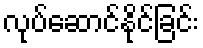
လုပ်ဆောင်နိုင်ခြင်း